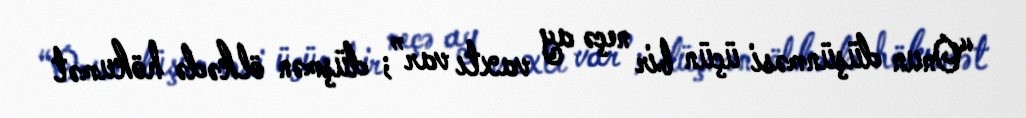
“Onun düşünməsi üçün bir neçə ay vaxtı var”; düşmən ölkədə hökumət